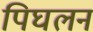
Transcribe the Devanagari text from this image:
पिघलन